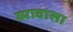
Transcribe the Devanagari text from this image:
घ्यावासा